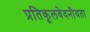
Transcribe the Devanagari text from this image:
प्रतिकूलवेदनीयता